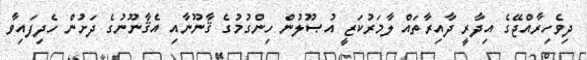
ދިވެހިރާއްޖޭގެ އިދާރީ ދާއިރާތައް ލާމަރުކަޒީ އުޞޫލުން ހިންގުމުގެ ޤާނޫނާއި އެޤާނޫނުގެ ދަށުން ހެދިފައިވާ